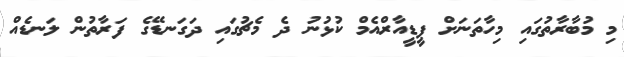
މި މުބާރާތުގައި މިހާތަނަށް ޕީޑީއާރްއެމް ކުޅުނު ދެ މެޗުގައި ދަގަނޑޭގެ ފަރާތުން ލަނޑެއް